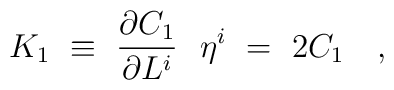
K_1\ \equiv\ \frac{\partial C_1}{\partial L^i}\ \ \eta^i\ =\ 2 C_1\ \ \ ,